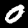
Label: 0